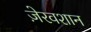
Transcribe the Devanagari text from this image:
ज़ेरवशान